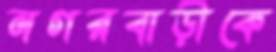
নগরবাড়ীকে